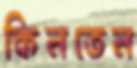
কিনতেন